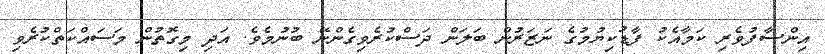
އިންސާފުވެރި ކަމާއެކު ފާޑުކިޔުމުގެ ނަޒަރުން ބަލަން ދަސްކުރެވިގެންނޭ ބުނުމެވެ. އަދި މިގޮތުން މަސައްކަތްކުރެވި